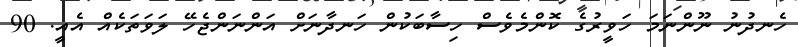
ހެނދުނު ނޫންނަމަ ހަވީރުގެ ކޮންމެވެސް ހިސާބަކުން ހަނދާނަށް އަންނަންޖެހޭ ލަވަތަކެއް އެއީ. 90